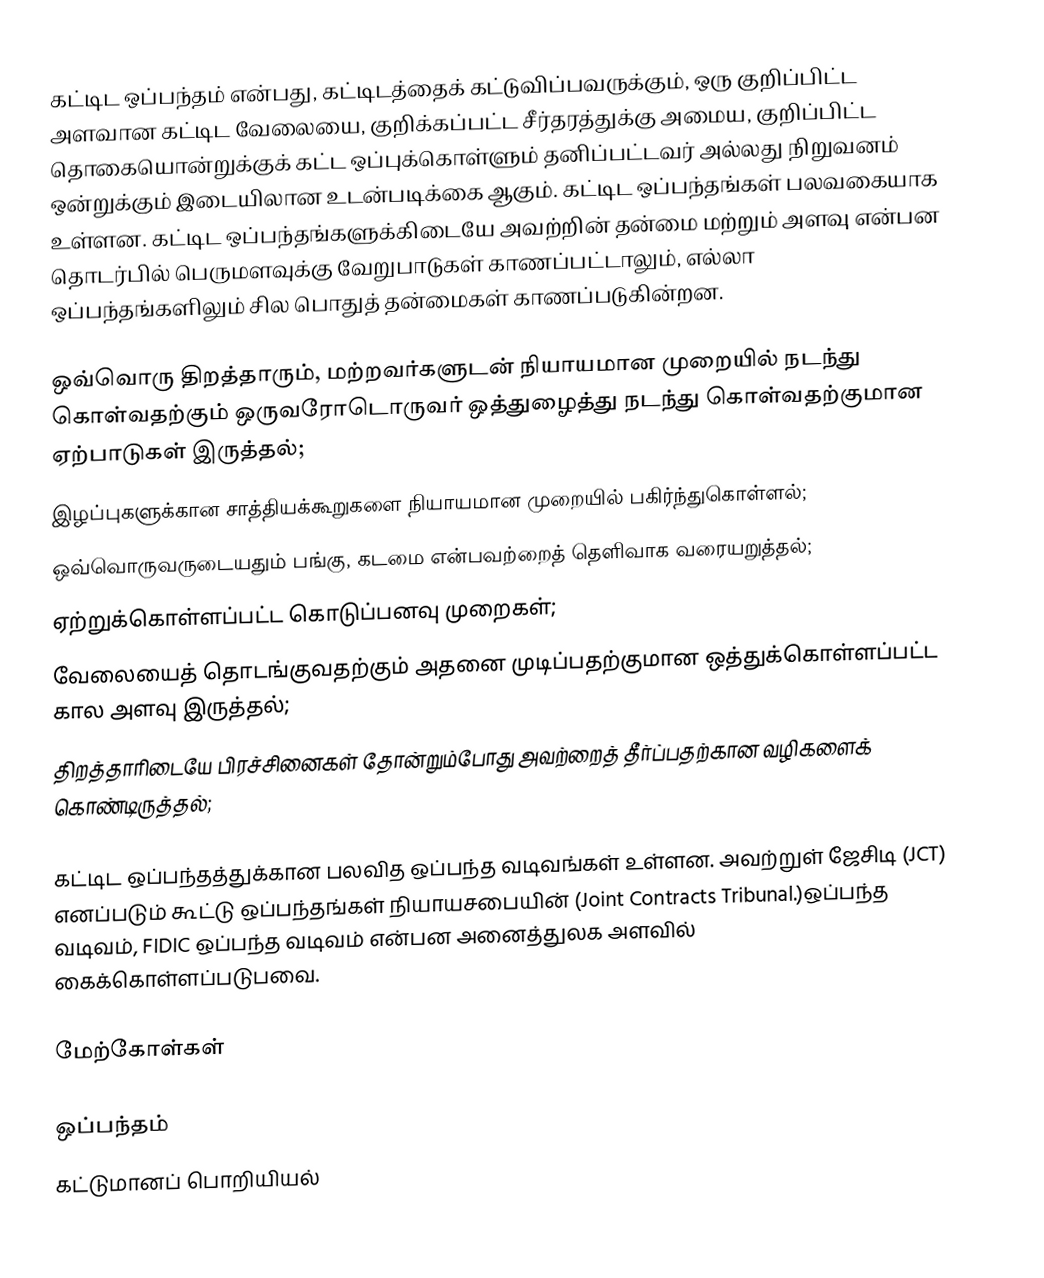
கட்டிட ஒப்பந்தம் என்பது, கட்டிடத்தைக் கட்டுவிப்பவருக்கும், ஒரு குறிப்பிட்ட அளவான கட்டிட வேலையை, குறிக்கப்பட்ட சீர்தரத்துக்கு அமைய, குறிப்பிட்ட தொகையொன்றுக்குக் கட்ட ஒப்புக்கொள்ளும் தனிப்பட்டவர் அல்லது நிறுவனம் ஒன்றுக்கும் இடையிலான உடன்படிக்கை ஆகும். கட்டிட ஒப்பந்தங்கள் பலவகையாக உள்ளன. கட்டிட ஒப்பந்தங்களுக்கிடையே அவற்றின் தன்மை மற்றும் அளவு என்பன தொடர்பில் பெருமளவுக்கு வேறுபாடுகள் காணப்பட்டாலும், எல்லா ஒப்பந்தங்களிலும் சில பொதுத் தன்மைகள் காணப்படுகின்றன.

 ஒவ்வொரு திறத்தாரும், மற்றவர்களுடன் நியாயமான முறையில் நடந்து கொள்வதற்கும் ஒருவரோடொருவர் ஒத்துழைத்து நடந்து கொள்வதற்குமான ஏற்பாடுகள் இருத்தல்;
 இழப்புகளுக்கான சாத்தியக்கூறுகளை நியாயமான முறையில் பகிர்ந்துகொள்ளல்;
 ஒவ்வொருவருடையதும் பங்கு, கடமை என்பவற்றைத் தெளிவாக வரையறுத்தல்;
 ஏற்றுக்கொள்ளப்பட்ட கொடுப்பனவு முறைகள்;
 வேலையைத் தொடங்குவதற்கும் அதனை முடிப்பதற்குமான ஒத்துக்கொள்ளப்பட்ட கால அளவு இருத்தல்;
 திறத்தாரிடையே பிரச்சினைகள் தோன்றும்போது அவற்றைத் தீர்ப்பதற்கான வழிகளைக் கொண்டிருத்தல்;

கட்டிட ஒப்பந்தத்துக்கான பலவித ஒப்பந்த வடிவங்கள் உள்ளன. அவற்றுள் ஜேசிடி (JCT) எனப்படும் கூட்டு ஒப்பந்தங்கள் நியாயசபையின் (Joint Contracts Tribunal.)ஒப்பந்த வடிவம், FIDIC ஒப்பந்த வடிவம் என்பன அனைத்துலக அளவில் கைக்கொள்ளப்படுபவை.

மேற்கோள்கள்

ஒப்பந்தம்
கட்டுமானப் பொறியியல்